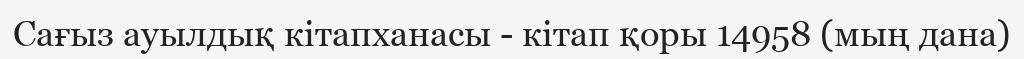
Сағыз ауылдық кітапханасы - кітап қоры 14958 (мың дана)